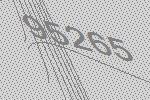
95265